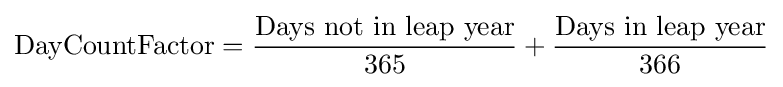
\mathrm {DayCountFactor} ={\frac {\mbox{Days not in leap year}}{365}}+{\frac {\mbox{Days in leap year}}{366}}